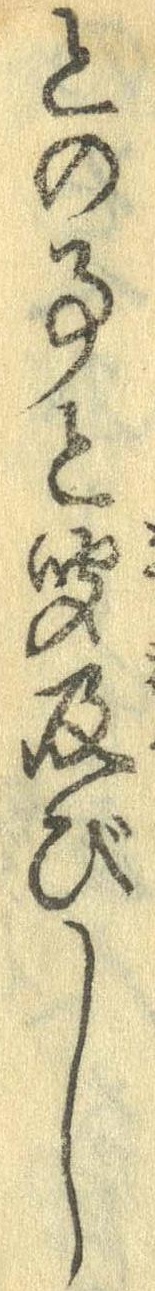
との事と聞及びし